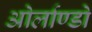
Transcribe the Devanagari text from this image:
ओर्लाण्डो